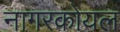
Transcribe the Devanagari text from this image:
नागरकोयल